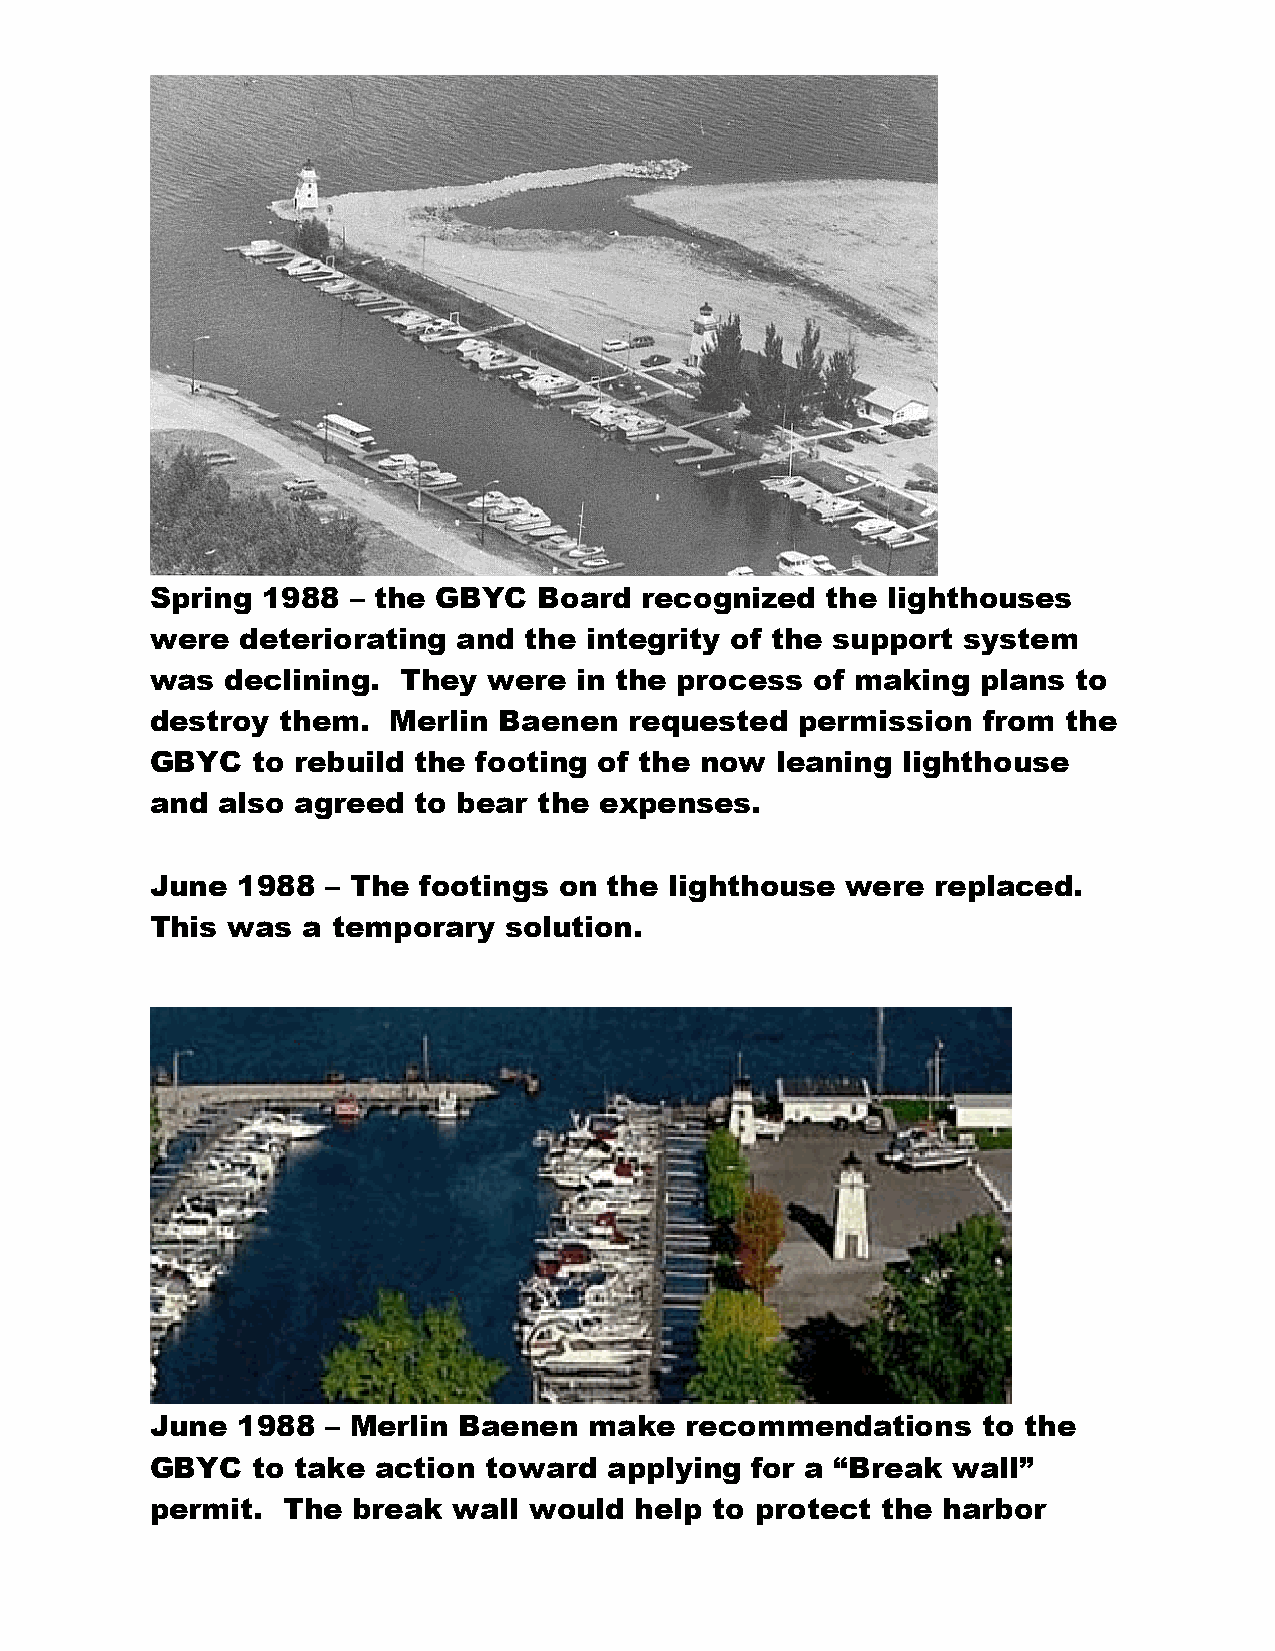
Spring 1988  – the GBYC   Board recognized   the lighthouses
 were  deteriorating and  the integrity of the support system
 was  declining. They  were  in the process  of making  plans to
 destroy  them.  Merlin Baenen   requested  permission  from  the
 GBYC   to rebuild the footing of the now leaning  lighthouse
 and also agreed  to bear  the expenses.
 June  1988  – The footings on the lighthouse  were  replaced.
 This was  a temporary  solution.
 June  1988  – Merlin Baenen  make  recommendations     to the
 GBYC   to take action toward  applying  for a “Break wall”
 permit.  The break  wall would  help to protect the harbor